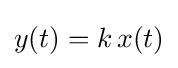
y(t)=k\,x(t)